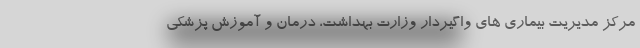
مرکز مدیریت بیماری های واگیردار وزارت بهداشت، درمان و آموزش پزشکی